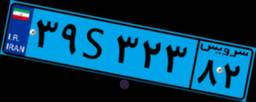
۳۹S۳۲۳۸۲